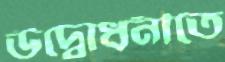
উদ্বোধনীতে